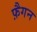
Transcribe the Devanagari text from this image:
फ़ैगन